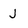
Character: j